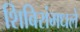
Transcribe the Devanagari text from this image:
शिबिरांमधले